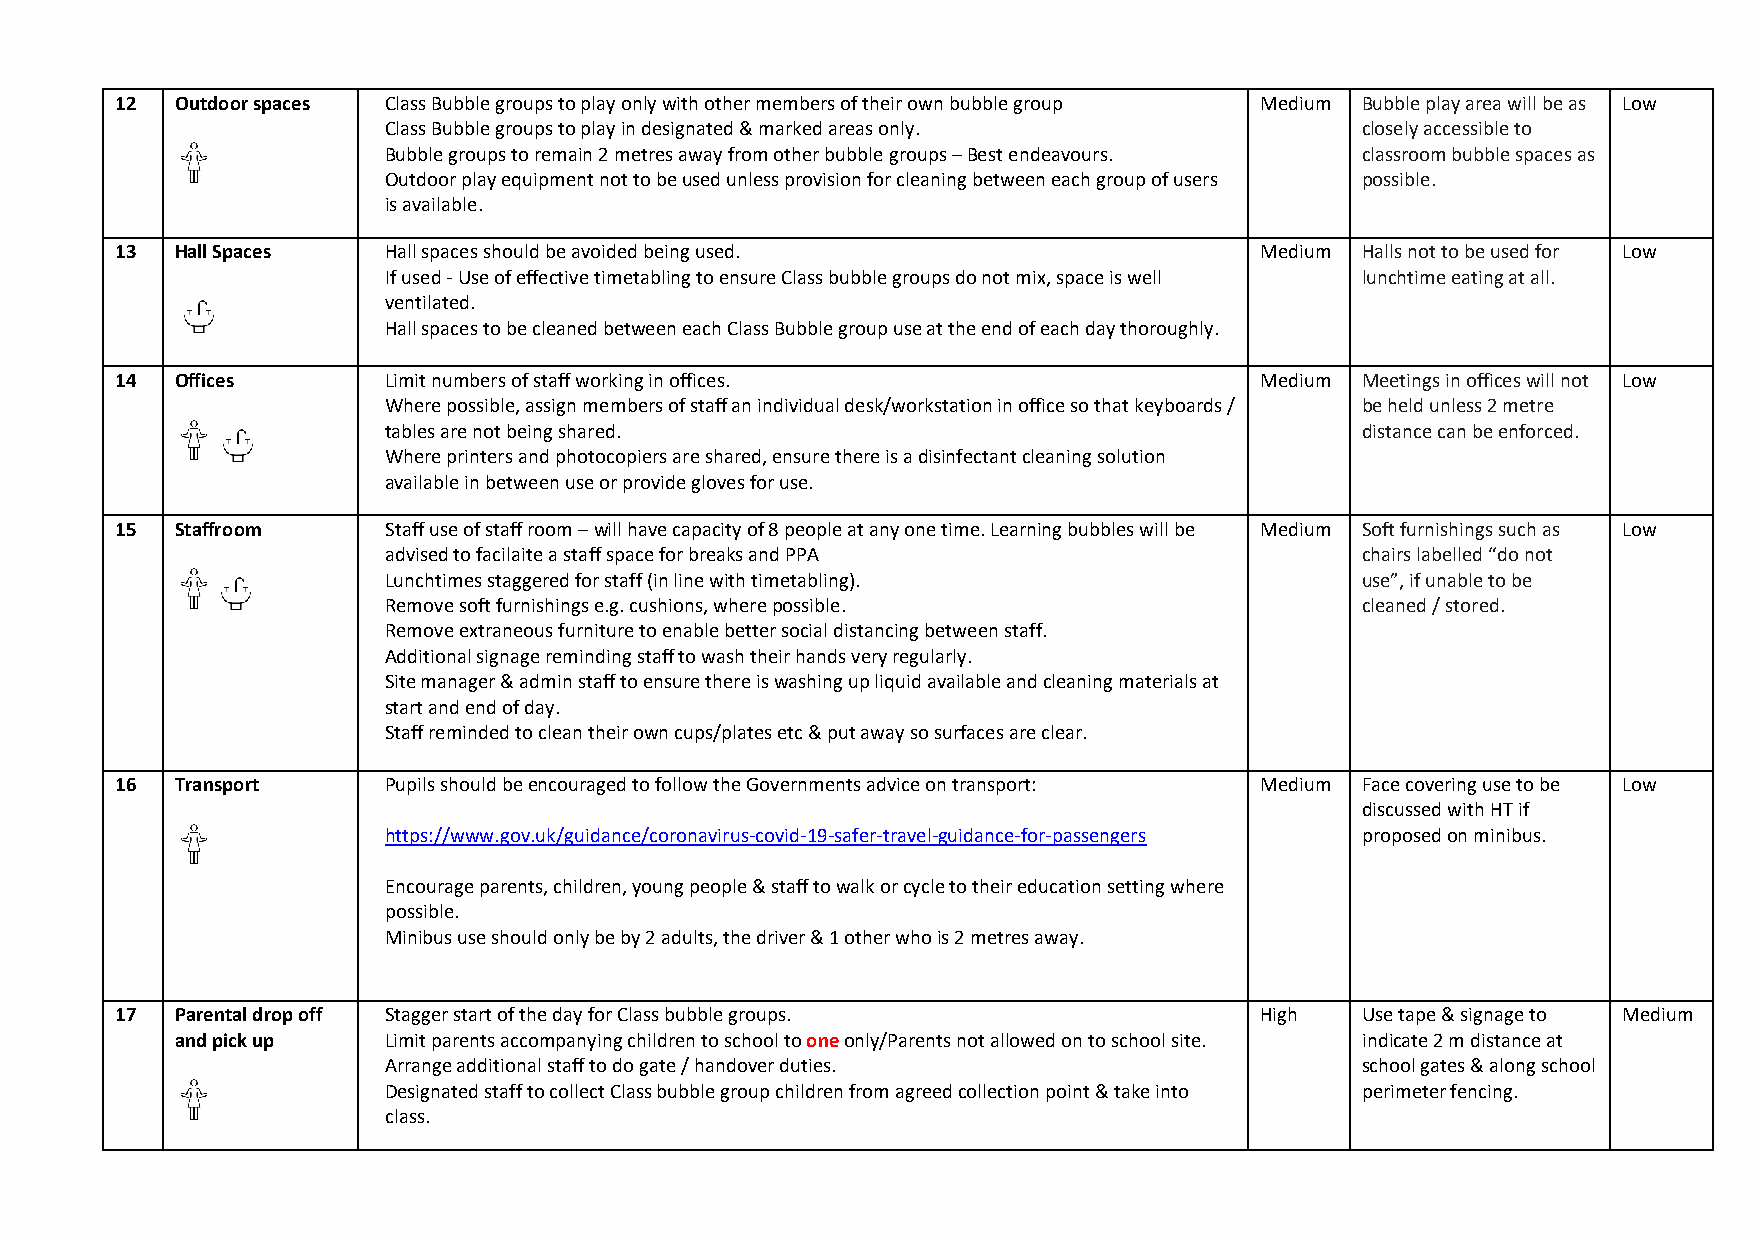
12  Outdoor spaces Class Bubble groups to play only with other members of their own bubble group Medium Bubble play area will be as Low
 Class Bubble groups to play in designated & marked areas only.   closely accessible to
 Bubble groups to remain 2 metres away from other bubble groups – Best endeavours. classroom bubble spaces as
 Outdoor play equipment not to be used unless provision for cleaning between each group of users possible.
 is available.
 13  Hall Spaces  Hall spaces should be avoided being used.                 Medium Halls not to be used for Low
 If used - Use of effective timetabling to ensure Class bubble groups do not mix, space is well lunchtime eating at all.
 ventilated.
 Hall spaces to be cleaned between each Class Bubble group use at the end of each day thoroughly.
 14  Offices      Limit numbers of staff working in offices.                Medium Meetings in offices will not Low
 Where possible, assign members of staff an individual desk/workstation in office so that keyboards / be held unless 2 metre
 tables are not being shared.                                     distance can be enforced.
 Where printers and photocopiers are shared, ensure there is a disinfectant cleaning solution
 available in between use or provide gloves for use.
 15  Staffroom    Staff use of staff room – will have capacity of 8 people at any one time. Learning bubbles will be Medium Soft furnishings such as Low
 advised to facilaite a staff space for breaks and PPA            chairs labelled “do not
 Lunchtimes staggered for staff (in line with timetabling).       use”, if unable to be
 Remove soft furnishings e.g. cushions, where possible.           cleaned / stored.
 Remove extraneous furniture to enable better social distancing between staff.
 Additional signage reminding staff to wash their hands very regularly.
 Site manager & admin staff to ensure there is washing up liquid available and cleaning materials at
 start and end of day.
 Staff reminded to clean their own cups/plates etc & put away so surfaces are clear.
 16  Transport    Pupils should be encouraged to follow the Governments advice on transport: Medium Face covering use to be Low
 discussed with HT if
 https://www.gov.uk/guidance/coronavirus-covid-19-safer-travel-guidance-for-passengers proposed on minibus.
 Encourage parents, children, young people & staff to walk or cycle to their education setting where
 possible.
 Minibus use should only be by 2 adults, the driver & 1 other who is 2 metres away.
 17  Parental drop off Stagger start of the day for Class bubble groups.    High   Use tape & signage to Medium
 and pick up  Limit parents accompanying children to school to one only/Parents not allowed on to school site. indicate 2 m distance at
 Arrange additional staff to do gate / handover duties.           school gates & along school
 Designated staff to collect Class bubble group children from agreed collection point & take into perimeter fencing.
 class.